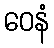
ဝေနံ